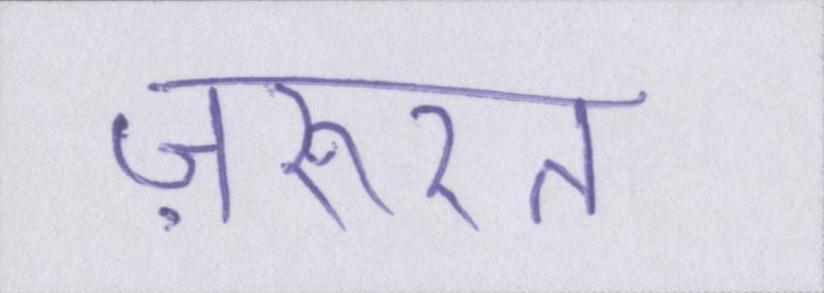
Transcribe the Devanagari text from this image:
ज़रूरत